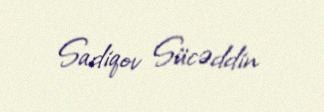
Sadiqov Sücəddin